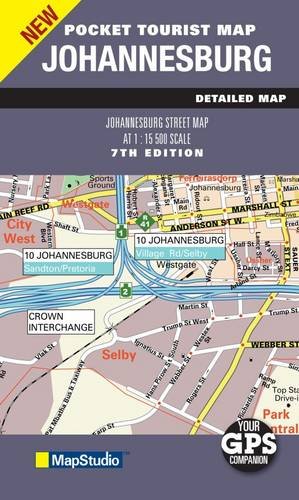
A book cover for Johannesburg 2011 Pocket Map 1:15,500 MapStudio; MapStudio; Travel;